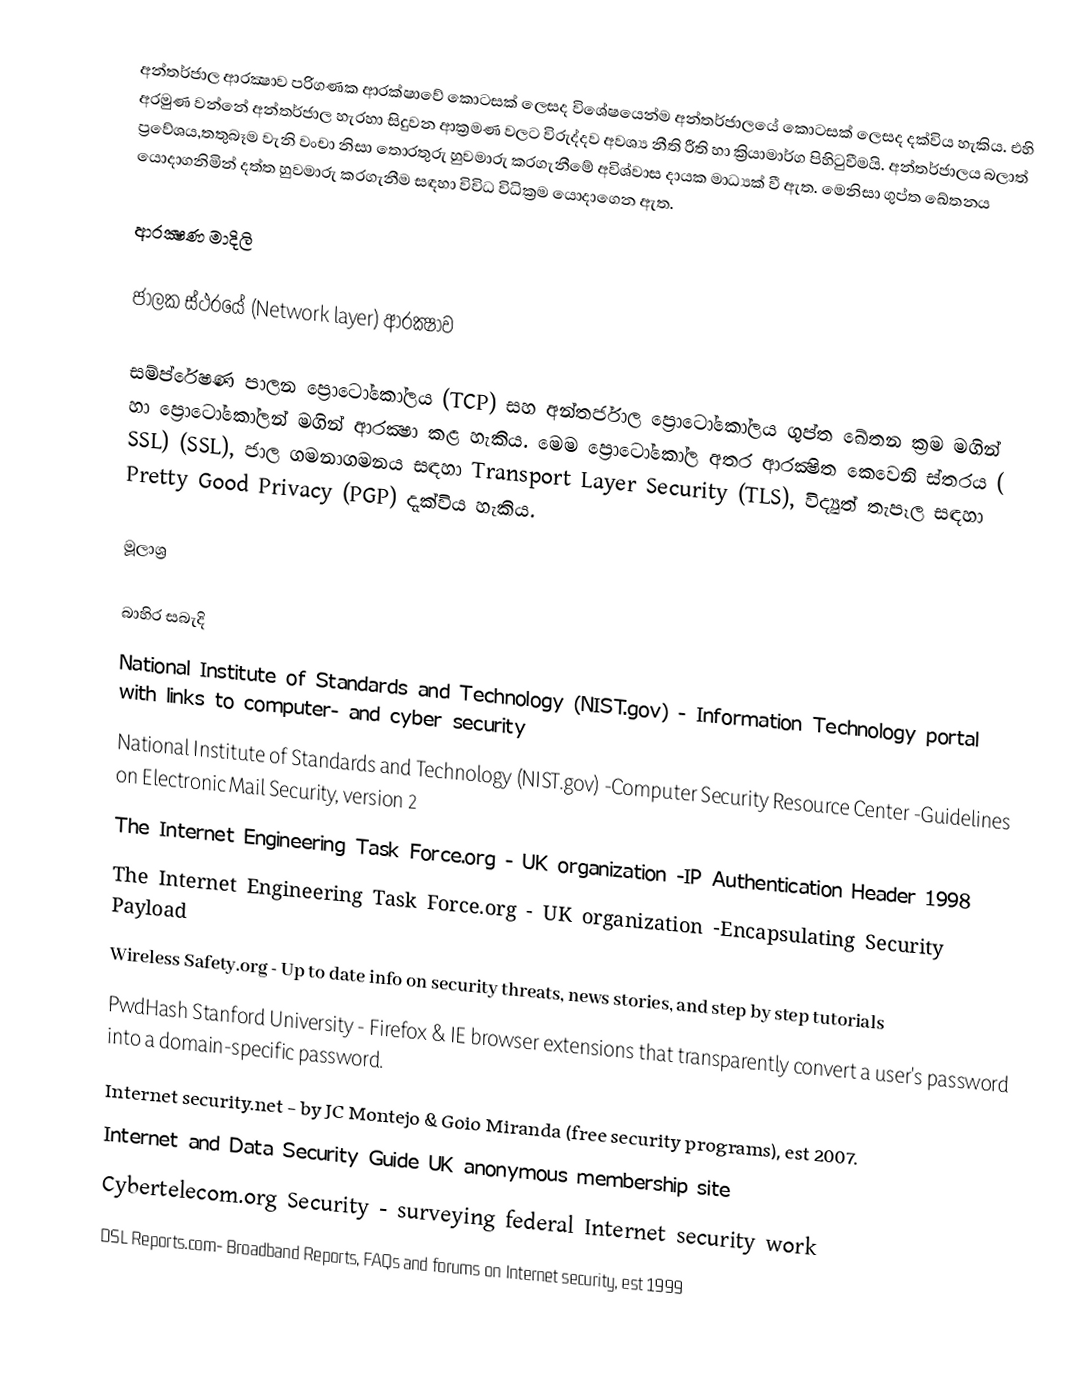
අන්තර්ජාල ආරක්‍ෂාව පරිගණක ආරක්ෂාවේ කොටසක් ලෙසද  විශේෂයෙන්ම අන්තර්ජාලයේ කොටසක් ලෙසද දක්විය හැකිය. එහි අරමුණ වන්නේ අන්තර්ජාල හැරහා සිදුවන ආක්‍රමණ වලට විරුද්දව අවශ්‍ය නීති රීති හා ක්‍රියාමාර්ග පිහිටුවීමයි.  අන්තර්ජාලය බලාත් ප්‍රවේශය,තතුබෑම වැනි වංචා නිසා තොරතුරු හුවමාරු කරගැනීමේ අවිශ්වාස දායක මාධ්‍යක් වී ඇත. මෙනිසා ගුප්ත ඛේතනය යොදාගනිමින් දත්ත හුවමාරු කරගැනීම සඳහා විවිධ විධික්‍රම යොදාගෙන ඇත.

ආරක්‍ෂණ මාදිලි

ජාලක ස්ථරයේ (Network layer) ආරක්‍ෂාව

සම්ප්රේෂණ පාලන ප්‍රොටෝකෝලය (TCP) සහ අන්තර්ජාල ප්‍රොටෝකෝලය ගුප්ත ඛේතන ක්‍රම මගින් හා ප්‍රොටෝකෝලන් මගින් ආරක්‍ෂා කළ හැකිය. මෙම ප්‍රොටෝකෝල අතර ආරක්‍ෂිත කෙවෙනි ස්තරය ( SSL) (SSL), ජාල ගමනාගමනය සඳහා Transport Layer Security (TLS), විද්‍යුත් තැපෑල සඳහා  Pretty Good Privacy (PGP) දැක්විය හැකිය.

මූලාශ්‍ර

බාහිර සබැදි
 National Institute of Standards and Technology (NIST.gov) - Information Technology portal with links to computer- and cyber security
  National Institute of Standards and Technology (NIST.gov) -Computer Security Resource Center -Guidelines on Electronic Mail Security, version 2
The Internet Engineering Task Force.org - UK organization -IP Authentication Header 1998
The Internet Engineering Task Force.org - UK organization -Encapsulating Security Payload
 Wireless Safety.org - Up to date info on security threats, news stories, and step by step tutorials
 PwdHash Stanford University - Firefox & IE browser extensions that transparently convert a user's password into a domain-specific password.
 Internet security.net - by JC Montejo & Goio Miranda (free security programs), est 2007.
 Internet and Data Security Guide UK anonymous membership site
 Cybertelecom.org Security - surveying federal Internet security work
 DSL Reports.com- Broadband Reports, FAQs and forums on Internet security, est 1999